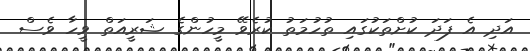
އަދި އެ ފަދަ ކުށްތަކުގައި ތުހުމަތު ކުރެވޭ މީހުންގެ ޝަރީއަތް ވީހާ ވެސް